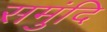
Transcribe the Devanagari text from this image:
समुंदि